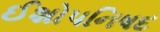
ઈશોપનિષદ